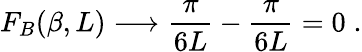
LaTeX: F_{B}(\beta,L)\longrightarrow\frac{\pi}{6L}-\frac{\pi}{6L}=0\; .